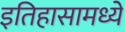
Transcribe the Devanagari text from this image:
इतिहासामध्यें